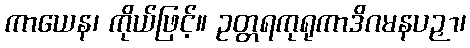
ကာယေန၊ ကိုယ်ဖြင့်။ ဥတ္တရကုရုကာဒိဂမနပဉှာ၊